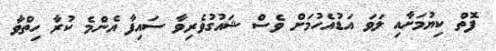
ފޮތް ކިޔުމަށާއި ލަވަ އަޑުއެހުމަށް ވެސް ޝައުގުވެރިވާ ސައިފާ އެންމެ ކުރާ ހިތްވާ